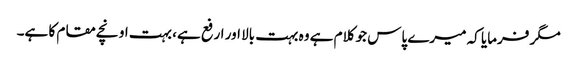
مگر فرمایا کہ میرے پاس جو کلام ہے وہ بہت بالا اور ارفع ہے، بہت اونچے مقام کا ہے۔